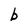
Character: b